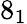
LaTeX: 8_{1}